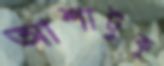
আশাটুকু